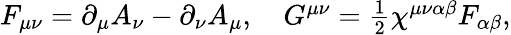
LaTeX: \begin{array}{r}{F_{\mu\nu}=\partial_{\mu}A_{\nu}-\partial_{\nu}A_{\mu},\quad G^{\mu\nu}=\frac{1}{2}\chi^{\mu\nu\alpha\beta}F_{\alpha\beta},}\end{array}